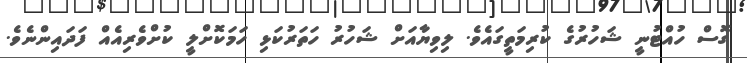
ގޮސް ހުއްޓުނީ ޝަހުރުގެ ކުރިމަތީގައެވެ. ލިވިޔާއަށް ޝަހުރު ހަތަރުކަޅި ހަމަކޮށްލީ ކުށްވެރިއެއް ފަދައިންނެވެ.